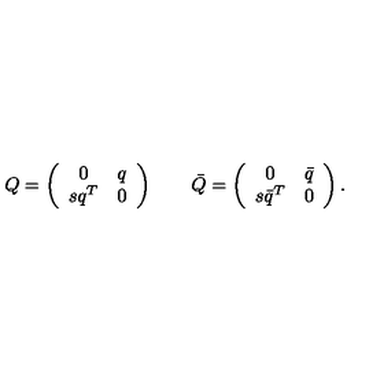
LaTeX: Q = \left( \begin{array} { c c } { 0 } & { q } \\ { s q ^ { T } } & { 0 } \\ \end{array} \right) \qquad \bar { Q } = \left( \begin{array} { c c } { 0 } & { \bar { q } } \\ { s \bar { q } ^ { T } } & { 0 } \\ \end{array} \right) .